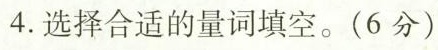
4.选择合适的量词填空。(6分)